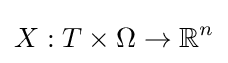
X:T\times \Omega \to \mathbb {R} ^{n}